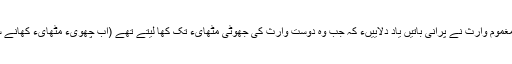
حیران اور مغموم وارث نے پرانی باتیں یاد دلاییںء کہ جب وہ دوست وارث کی جھوٹی مٹھایء تک کھا لیتے تھے (اب چھویء مٹھایء کھانے سےاحتراز)۔